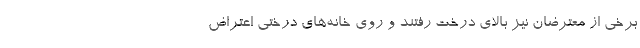
برخی از معترضان نیز بالای درخت رفتند و روی خانه‌های درختی اعتراض